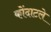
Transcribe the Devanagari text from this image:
कोंदाटले